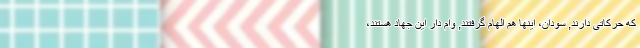
که حرکاتی دارند, سودان، اینها هم الهام گرفتند, وام دار این جهاد هستند،